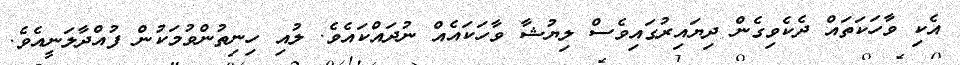
އެކި ވާހަކަތައް ދެކެވިގެން ދިޔައިރުގައިވެސް ލިޔުޝާ ވާހަކައެއް ނުދައްކައެވެ. ލުއި ހިނިތުންވުމަކުން ފުއްދާލަނީއެވެ.